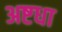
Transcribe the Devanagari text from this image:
अष्टधा